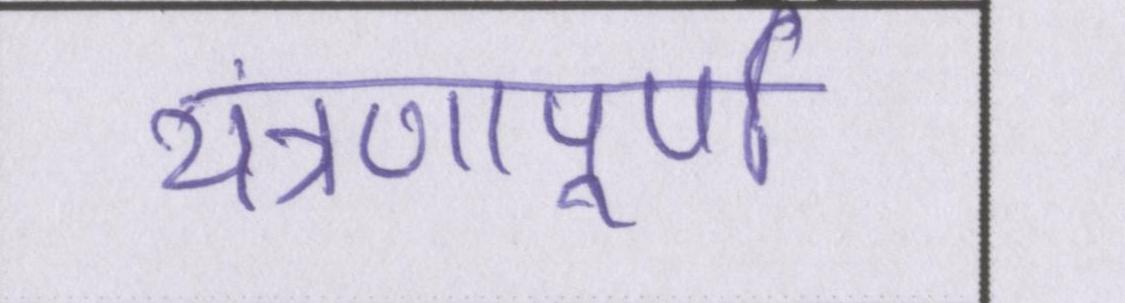
यंत्रणापूर्ण